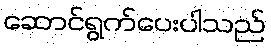
ဆောင်ရွက်ပေးပါသည်